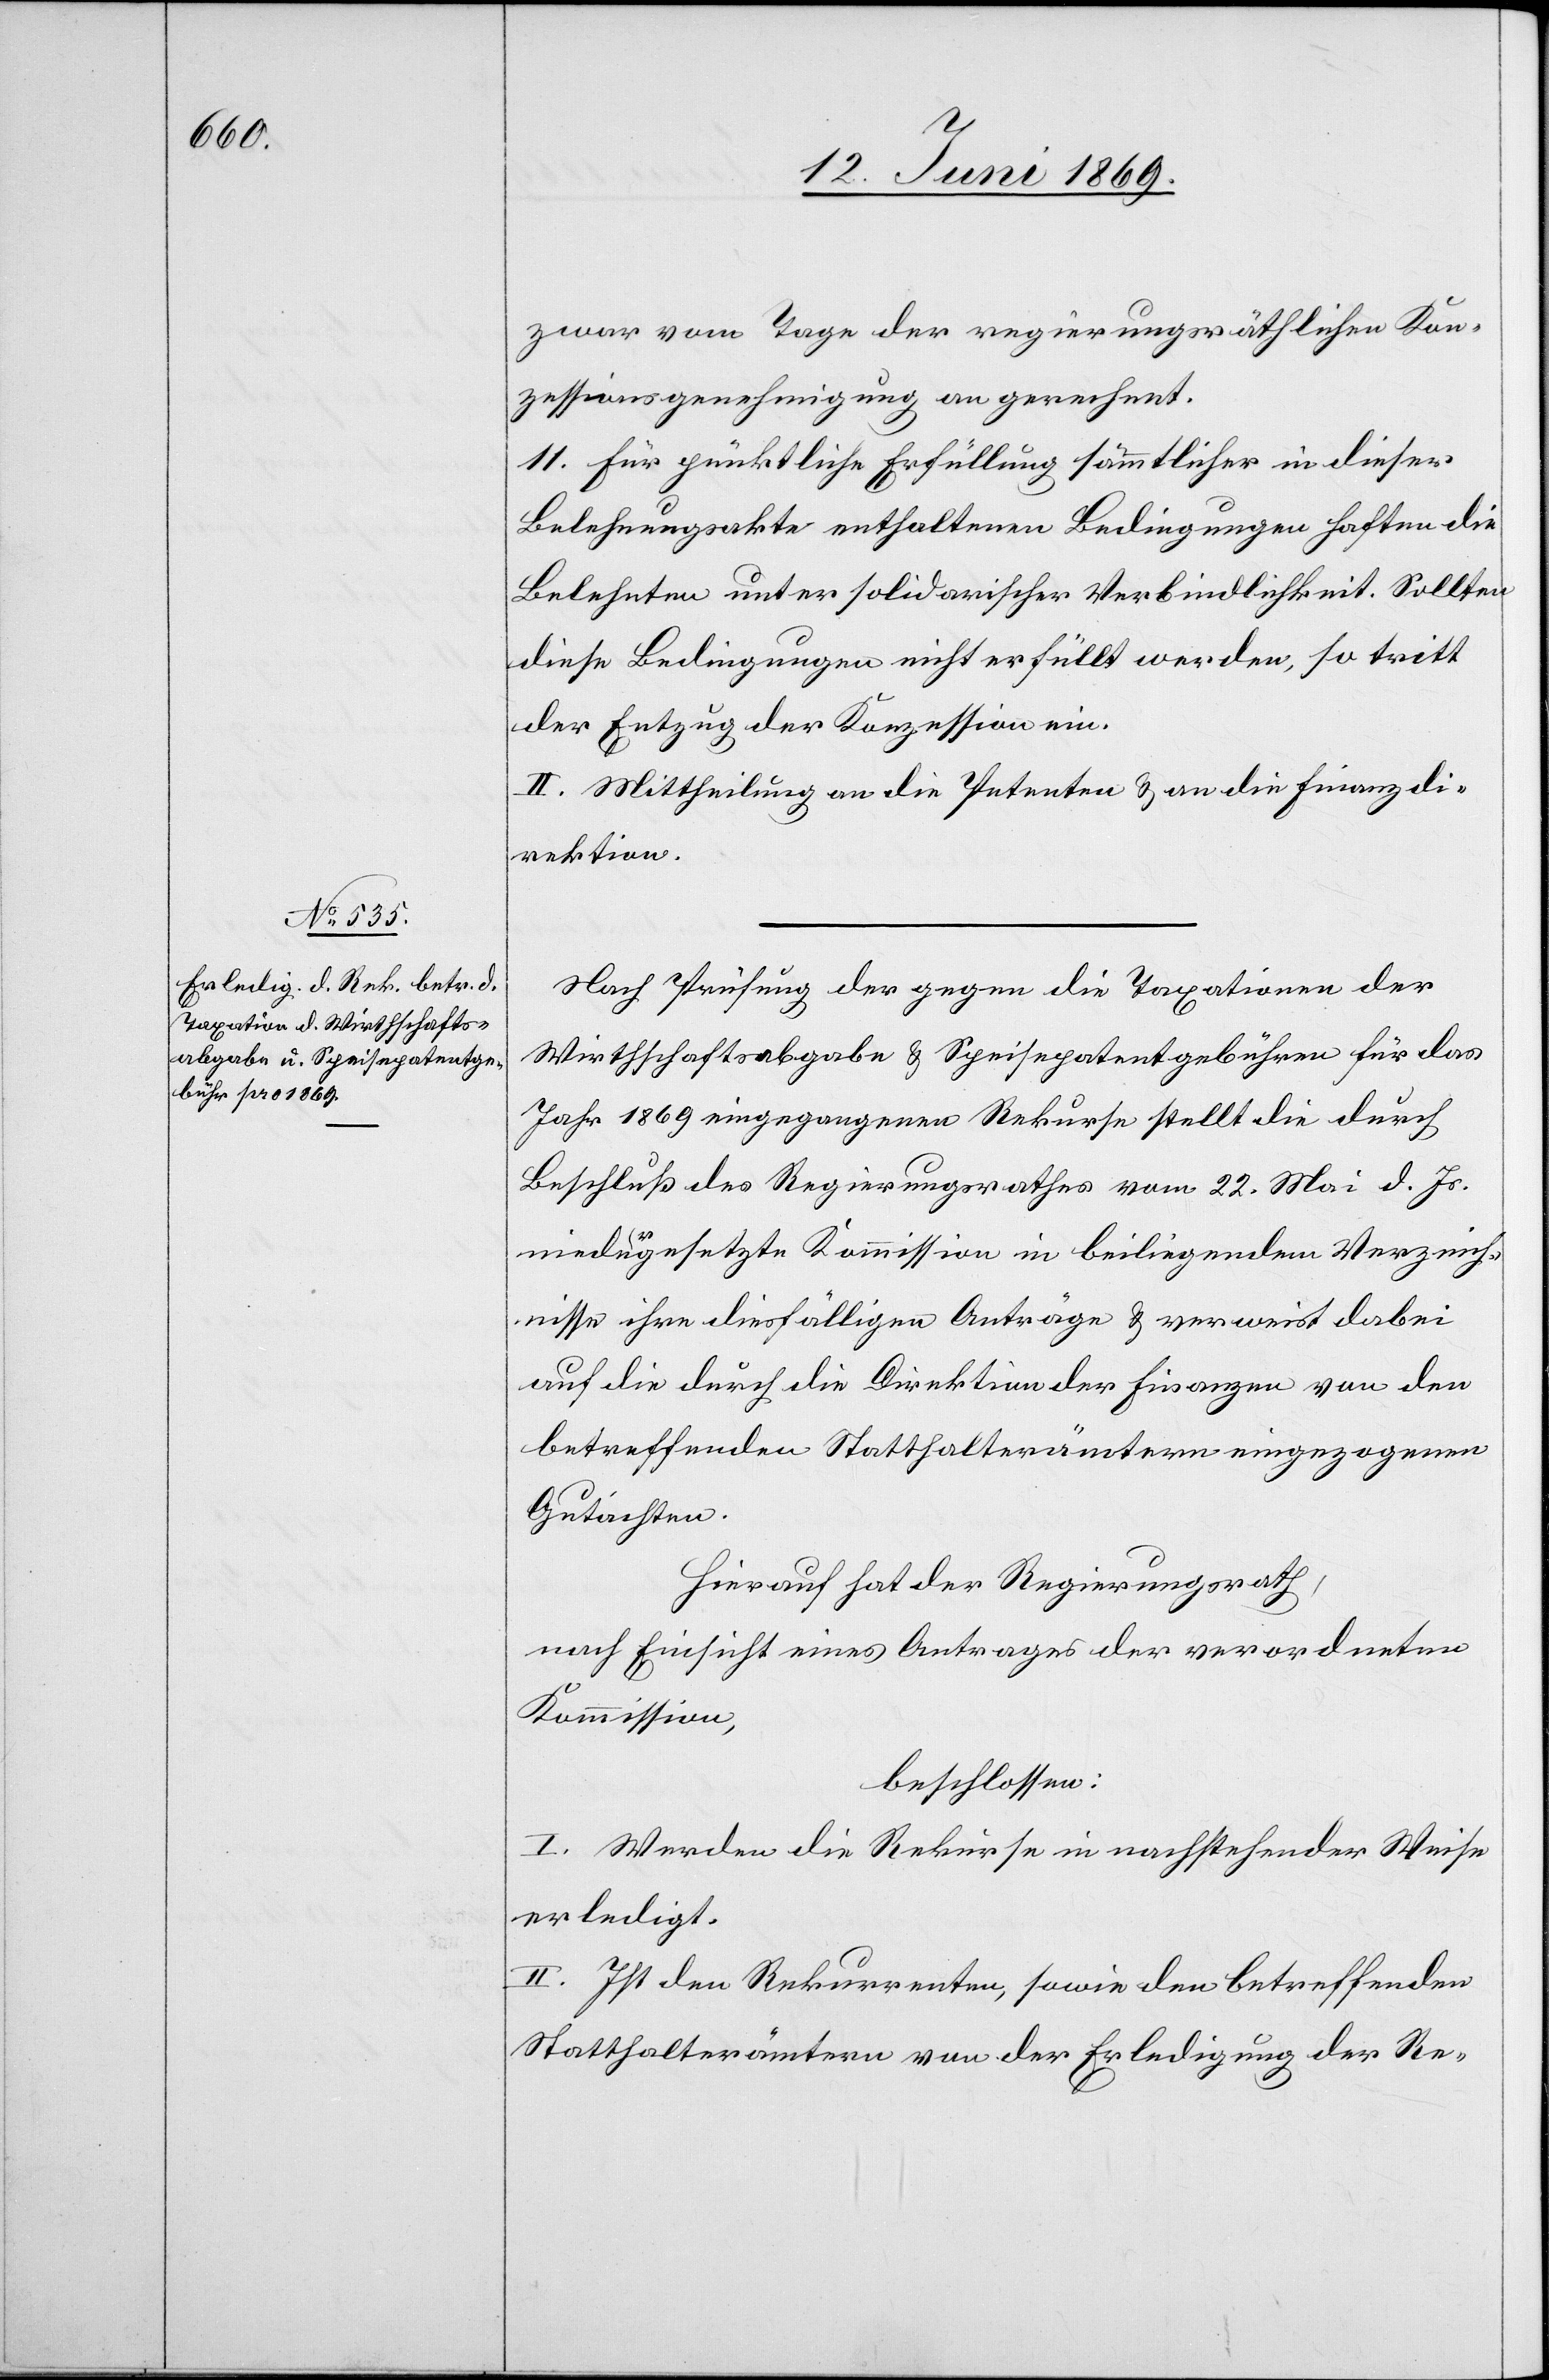
zwar vom Tage der regierungsräthlichen Kon¬
zessionsgenehmigung an gerechnet.
11. Für pünktliche Erfüllung sämmtlicher in dieser
Belehnungsakte enthaltenen Bedingungen haften die
Belehnten unter solidarischer Verbindlichkeit. Sollten
diese Bedingungen nicht erfüllt werden, so tritt
der Entzug der Konzession ein.
II. Mittheilung an die Petenten u. an die Finanzdi¬
rektion.
Nach Prüfung der gegen die Taxationen der
Wirthschaftsabgabe u. Speisepatentgebühren für das
Jahr 1869 eingegangenen Rekurse stellt die durch
Beschluß des Regierungsrathes vom 22. Mai d. Js.
niedergesetzte Kommission in beiliegendem Verzeich¬
nisse ihre diesfälligen Anträge u. verweist dabei
auf die durch die Direktion der Finanzen von den
betreffenden Statthalterämtern eingezogenen
Gutachten.
Hierauf hat der Regierungsrath,
nach Einsicht eines Antrages der verordneten
Kommission,
beschlossen:
I. Werden die Rekurse in nachstehender Weise
erledigt.
II. Ist den Rekurrenten, sowie den betreffenden
Statthalterämtern von der Erledigung der Re-